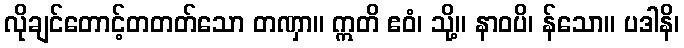
လိုချင်တောင့်တတတ်သော တဏှာ။ ဣတိ ဧဝံ၊ သို့။ နာဝပိ၊ န်သော။ ပဒါနိ၊